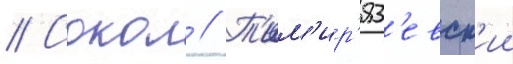
// Сокол // Т'им'ир'яз'евск'ии